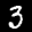
Label: 3